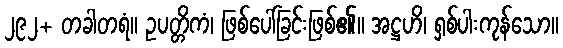
၂၉၂+ တခါတရံ။ ဥပတ္တိကံ၊ ဖြစ်ပေါ်ခြင်းဖြစ်၏။ အဋ္ဌဟိ၊ ရှစ်ပါးကုန်သော။